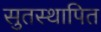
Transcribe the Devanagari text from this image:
सुतस्थापित